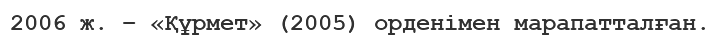
2006 ж. – «Құрмет» (2005) орденімен марапатталған.